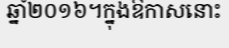
ឆ្នាំ២០១៦។ក្នុងឱកាសនោះ